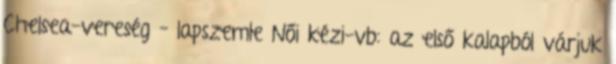
Chelsea-vereség – lapszemle Női kézi-vb: az első kalapból várjuk